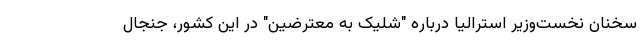
سخنان نخست‌وزیر استرالیا درباره "شلیک به معترضین" در این کشور، جنجال